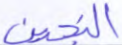
النجدين